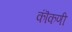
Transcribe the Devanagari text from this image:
कॊंकणी